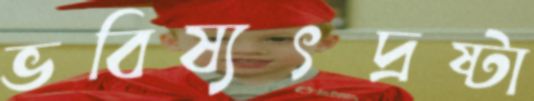
ভবিষ্যৎদ্রষ্টা